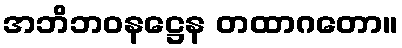
အဘိဘဝနဋ္ဌေန တထာဂတော။